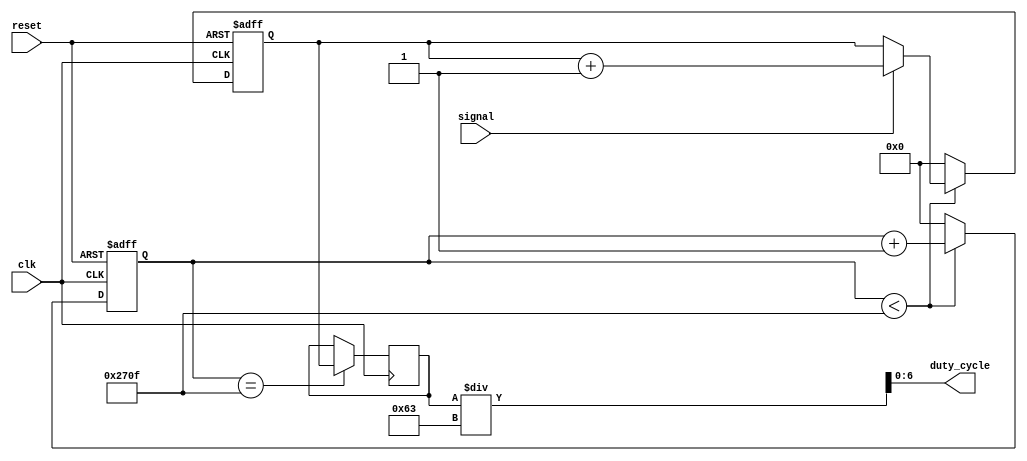
`timescale 1ns / 1ps
module PWMDeserializer #(
    parameter
    WAVE_FREQ  = 10,
    PULSE_FREQ = 1000,
    SYS_FREQ   = 100000) (
    input clk,    // System clock = 100 MHz
    input reset,
    input signal, // PWM signal with samples every 1 MHz = every 49th sys clk posedge
    output[6:0] duty_cycle);
    
    localparam WAVE_WINDOW        = SYS_FREQ/WAVE_FREQ; // Duty cycle output = 10,000 cycles
    // localparam SMALL_WAVE_WINDOW  = WAVE_WINDOW/100;    
    // localparam WAVE_HALF          = WAVE_WINDOW >> 1;   
    localparam WAVE_COUNTER_BITS  = $clog2(WAVE_WINDOW) + 1;
    
    reg[WAVE_COUNTER_BITS-1:0] pulseCounter = 0;
    reg[WAVE_COUNTER_BITS-1:0] pulseWidth = 0;
    always @(posedge clk or posedge reset) begin
        if(reset) begin
            pulseCounter <= 0;
            pulseWidth   <= 0;
        end else begin
            if(pulseCounter < WAVE_WINDOW-1) begin
                pulseCounter <= pulseCounter + 1;
                pulseWidth   <= signal ? pulseWidth + 1 : pulseWidth;
            end else begin
                pulseCounter <= 0;
                pulseWidth   <= 0;
            end
        end
    end
    
    reg[WAVE_COUNTER_BITS-1:0] propWidth = 0;
    always @(negedge clk) begin
        if(pulseCounter == WAVE_WINDOW-1)
            propWidth <= pulseWidth;
    end
    
    assign duty_cycle = propWidth/99;
endmodule